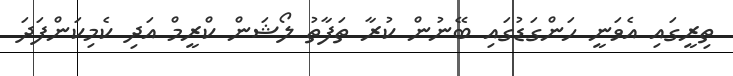
ތިރީގައި އެވަނީ ހަންގަޑުގައި ބޭނުން ކުރާ ތަފާތު ލޯޝަން ކްރީމް އަދި ކެމިކަންފަދަ